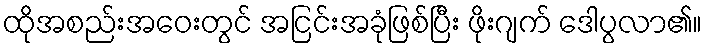
ထိုအစည်းအဝေးတွင် အငြင်းအခုံဖြစ်ပြီး ဖိုးဂျက် ဒေါပွလာ၏။